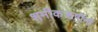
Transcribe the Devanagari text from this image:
शमीकऋषींनी